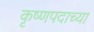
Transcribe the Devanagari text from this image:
कृष्णपदाच्या